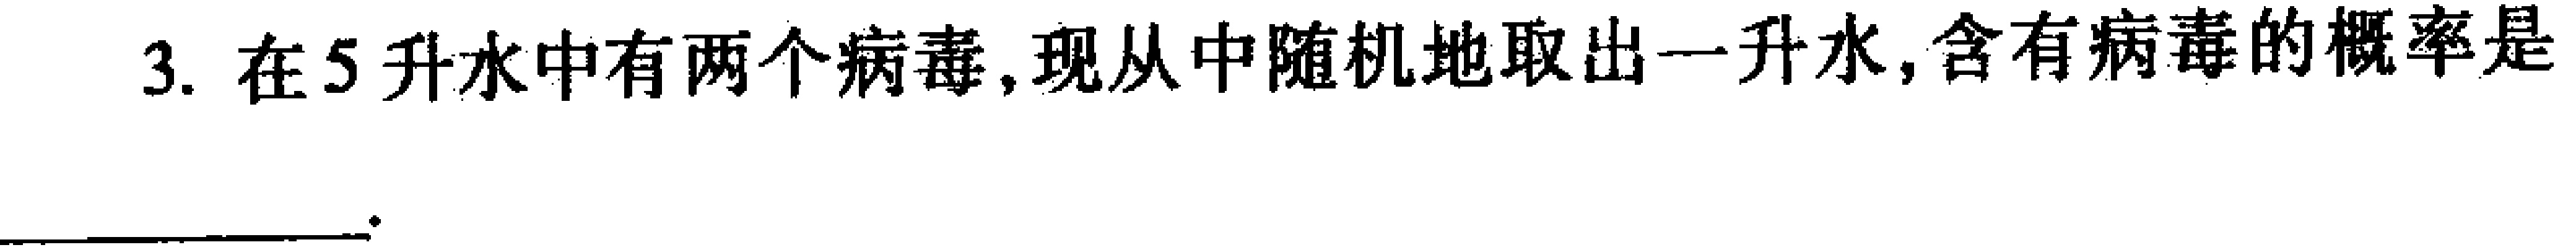
3. 在5升水中有两个病毒, 现从中随机地取出一升水, 含有病毒的概率是____.